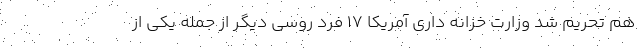
هم تحریم شد وزارت خزانه داری آمریکا ۱۷ فرد روسی دیگر از جمله یکی از